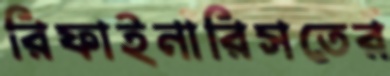
রিফাইনারিসতের